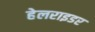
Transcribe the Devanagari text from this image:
हेलराइडर